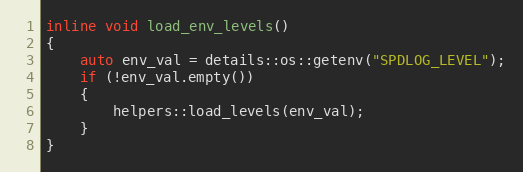
Language: C
inline void load_env_levels()
{
    auto env_val = details::os::getenv("SPDLOG_LEVEL");
    if (!env_val.empty())
    {
        helpers::load_levels(env_val);
    }
}